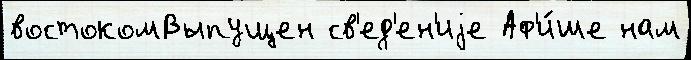
востокомВыпущен св'ед'ен'иjе Аф'и́ше нам